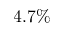
4 . 7 \%